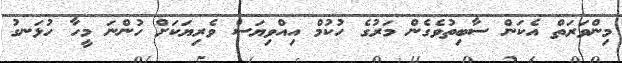
މިންވަރަތް އެކަން ސާބިތުވެގެން މަރުގެ ހުކުމް އިއްވިޔަސް ވެރިޔަކަށް ހުންނަ މީހާ ހުޅަނގު